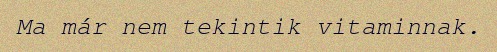
Ma már nem tekintik vitaminnak.